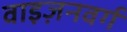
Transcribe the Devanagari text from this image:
वाइज़नवर्ग